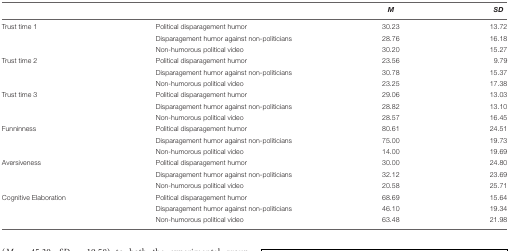
<table><thead><tr><td colspan="2"></td><td><b><i>M</i></b></td><td><b><i>SD</i></b></td></tr></thead><tbody><tr><td>Trust time 1</td><td>Political disparagement humor</td><td>30.23</td><td>13.72</td></tr><tr><td></td><td>Disparagement humor against non-politicians</td><td>28.76</td><td>16.18</td></tr><tr><td></td><td>Non-humorous political video</td><td>30.20</td><td>15.27</td></tr><tr><td>Trust time 2</td><td>Political disparagement humor</td><td>23.56</td><td>9.79</td></tr><tr><td></td><td>Disparagement humor against non-politicians</td><td>30.78</td><td>15.37</td></tr><tr><td></td><td>Non-humorous political video</td><td>23.25</td><td>17.38</td></tr><tr><td>Trust time 3</td><td>Political disparagement humor</td><td>29.06</td><td>13.03</td></tr><tr><td></td><td>Disparagement humor against non-politicians</td><td>28.82</td><td>13.10</td></tr><tr><td></td><td>Non-humorous political video</td><td>28.57</td><td>16.45</td></tr><tr><td>Funninness</td><td>Political disparagement humor</td><td>80.61</td><td>24.51</td></tr><tr><td></td><td>Disparagement humor against non-politicians</td><td>75.00</td><td>19.73</td></tr><tr><td></td><td>Non-humorous political video</td><td>14.00</td><td>19.69</td></tr><tr><td>Aversiveness</td><td>Political disparagement humor</td><td>30.00</td><td>24.80</td></tr><tr><td></td><td>Disparagement humor against non-politicians</td><td>32.12</td><td>23.69</td></tr><tr><td></td><td>Non-humorous political video</td><td>20.58</td><td>25.71</td></tr><tr><td>Cognitive Elaboration</td><td>Political disparagement humor</td><td>68.69</td><td>15.64</td></tr><tr><td></td><td>Disparagement humor against non-politicians</td><td>46.10</td><td>19.34</td></tr><tr><td></td><td>Non-humorous political video</td><td>63.48</td><td>21.98</td></tr></tbody></table>